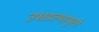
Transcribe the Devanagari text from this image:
उघडल्यामुळे